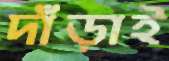
দাঁড়াই